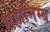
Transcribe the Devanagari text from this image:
महानिम्ब